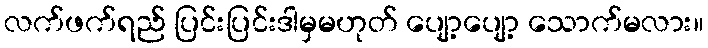
လက်ဖက်ရည် ပြင်းပြင်းဒါမှမဟုတ် ပျော့ပျော့ သောက်မလား။